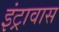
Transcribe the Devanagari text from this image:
इंट्रावास